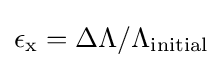
\mathrm {\epsilon } _{\mathrm {x} }=\Delta \Lambda /\Lambda _{\mathrm {initial} }